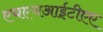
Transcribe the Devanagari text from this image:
एचएचआईटीएए